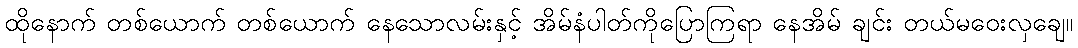
ထိုနောက် တစ်ယောက် တစ်ယောက် နေသောလမ်းနှင့် အိမ်နံပါတ်ကိုပြောကြရာ နေအိမ် ချင်း တယ်မဝေးလှချေ။